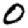
Digit: 0